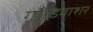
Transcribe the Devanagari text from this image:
गोल्डवाशर